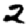
Digit: 2